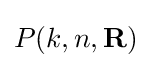
P(k,n,\mathbf {R} )